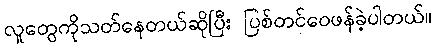
လူတွေကိုသတ်နေတယ်ဆိုပြီး ပြစ်တင်ဝေဖန်ခဲ့ပါတယ်။